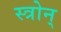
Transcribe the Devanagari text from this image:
स्त्रोन्